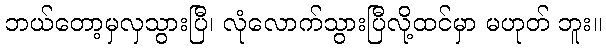
ဘယ်တော့မှလှသွားပြီ၊ လုံလောက်သွားပြီလို့ထင်မှာ မဟုတ် ဘူး။